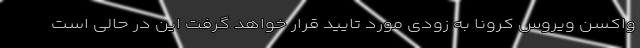
واکسن ویروس کرونا به زودی مورد تایید قرار خواهد گرفت این در حالی است